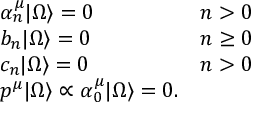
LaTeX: \left. \begin{array} { l c } { { \alpha _ { n } ^ { \mu } | \Omega \rangle = 0 } } & { { n > 0 } } \\ { { b _ { n } | \Omega \rangle = 0 } } & { { n \ge 0 } } \\ { { c _ { n } | \Omega \rangle = 0 } } & { { n > 0 } } \\ { { p ^ { \mu } | \Omega \rangle \propto \alpha _ { 0 } ^ { \mu } | \Omega \rangle = 0 . } } & { { } } \end{array} \right.